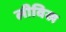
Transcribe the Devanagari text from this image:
लीविख